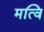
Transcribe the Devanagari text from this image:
मत्वि